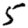
Digit: 5